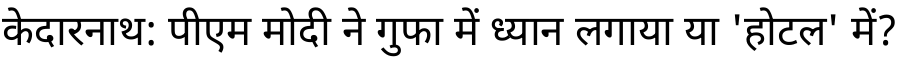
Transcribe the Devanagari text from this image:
केदारनाथ: पीएम मोदी ने गुफा में ध्यान लगाया या 'होटल' में?